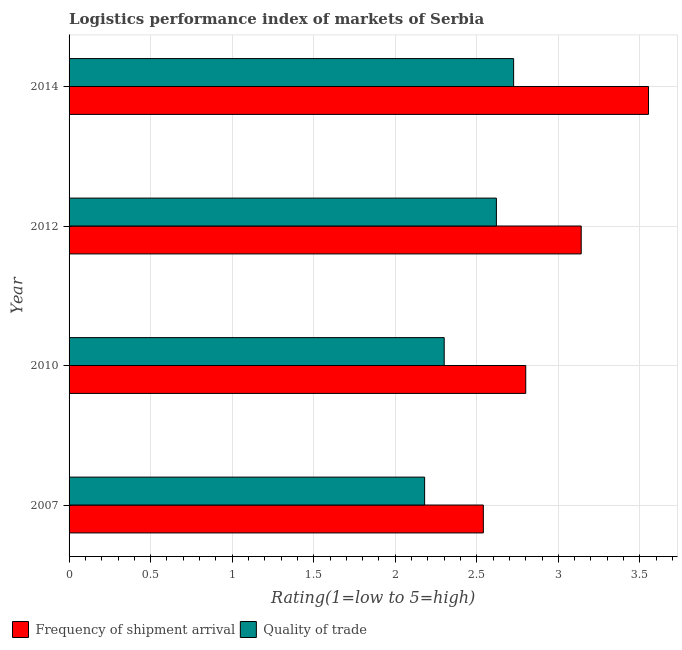
| Year | Frequency of shipment arrival | Quality of trade |
 | --- | --- | --- |
 | 2007 | 2.54 | 2.18 |
 | 2010 | 2.8 | 2.3 |
 | 2012 | 3.14 | 2.62 |
 | 2014 | 3.55 | 2.73 |